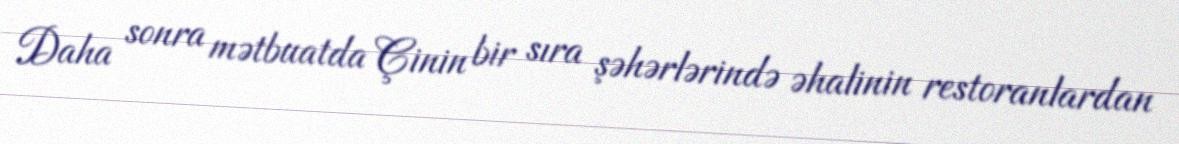
Daha sonra mətbuatda Çinin bir sıra şəhərlərində əhalinin restoranlardan